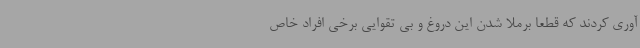
آوری کردند که قطعاً برملا شدن این دروغ و بی تقوایی برخی افراد خاص